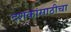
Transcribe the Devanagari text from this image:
दशकांसाठीचा